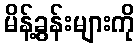
မိန့်ခွန်းများကို